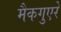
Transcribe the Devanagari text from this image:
मैकगुएरे